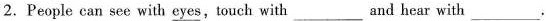
2.People can see with \underline{eyes}, touch with ___and hear with ___.